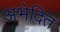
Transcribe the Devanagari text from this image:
अभेदित